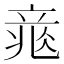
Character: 𥪐